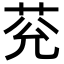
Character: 𦮀